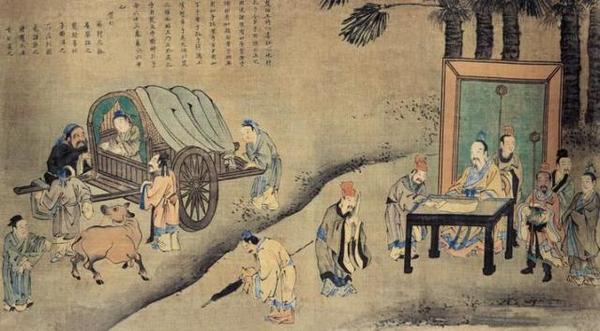
生而知之者上也，学而知之者次也困而学之又其次也。困而不学，民斯为下矣。